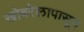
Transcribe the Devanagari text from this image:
खोबरेलापासून